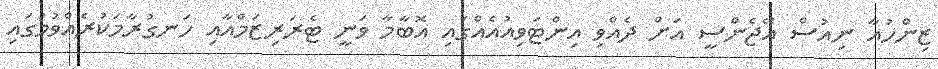
ޒިންހުއާ ނިއުސް އޭޖެންސީ އަށް ދެއްވި އިންޓަވިއުއެއްގައި އޮބާމާ ވަނީ ޓެރަރިޒަމްއާއި ހަނގުރާމަކުރެއްވުމުގައި